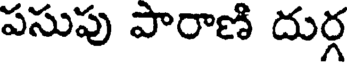
పసుపు పారాణి దుర్గ